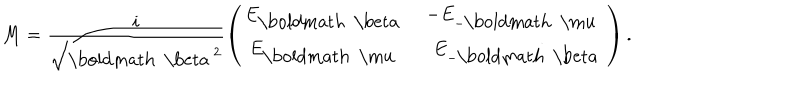
M = \frac { i } { \sqrt { { \mathrm { \boldmath ~ \ b e t a ~ } } ^ { 2 } } } \left( \begin{matrix} { { E _ { \mathrm { \boldmath ~ \ b e t a ~ } } } } & { { - E _ { - { \mathrm { \boldmath ~ \ m u ~ } } } } } \\ { { E _ { \mathrm { \boldmath ~ \ m u ~ } } } } & { { \, \, \, E _ { - { \mathrm { \boldmath ~ \ b e t a ~ } } } } } \\ \end{matrix} \right) .